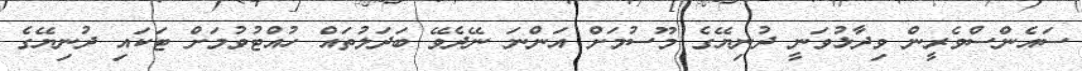
ސައެންސްވެރީން ވިދާޅުވަނީ ދުނިޔޭގެ މޫސުމަށް އަންނަ ނޭދެވޭ ބަދަލުތައް ހުއްޓުވުމަށް ޓަކައި ދުނިޔޭގެ